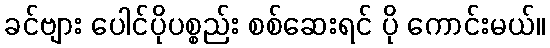
ခင်ဗျား ပေါင်ပိုပစ္စည်း စစ်ဆေးရင် ပို ကောင်းမယ်။